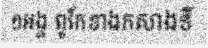
១អង្គ ពូកែខាងកសាងទី